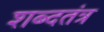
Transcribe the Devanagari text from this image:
शब्दतंत्र